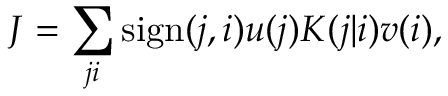
J = \sum _ { j i } \mathrm { s i g n } ( j , i ) u ( j ) K ( j | i ) v ( i ) ,